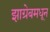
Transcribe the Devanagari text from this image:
झाग्रेबमधून